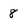
Character: 8